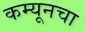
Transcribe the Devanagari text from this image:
कम्यूनचा